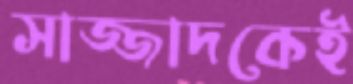
সাজ্জাদকেই